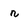
Character: r